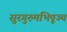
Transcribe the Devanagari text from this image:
सुरगुरुमभिपूज्य